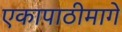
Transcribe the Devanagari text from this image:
एकापाठीमागे